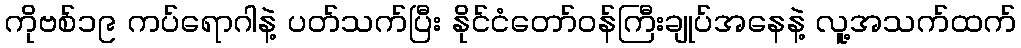
ကိုဗစ်၁၉ ကပ်ရောဂါနဲ့ ပတ်သက်ပြီး နိုင်ငံတော်ဝန်ကြီးချုပ်အနေနဲ့ လူ့အသက်ထက်